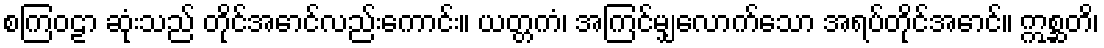
စကြဝဠာ ဆုံးသည် တိုင်အောင်လည်းကောင်း။ ယတ္တကံ၊ အကြင်မျှလောက်သော အရပ်တိုင်အောင်။ ဣစ္ဆတိ၊